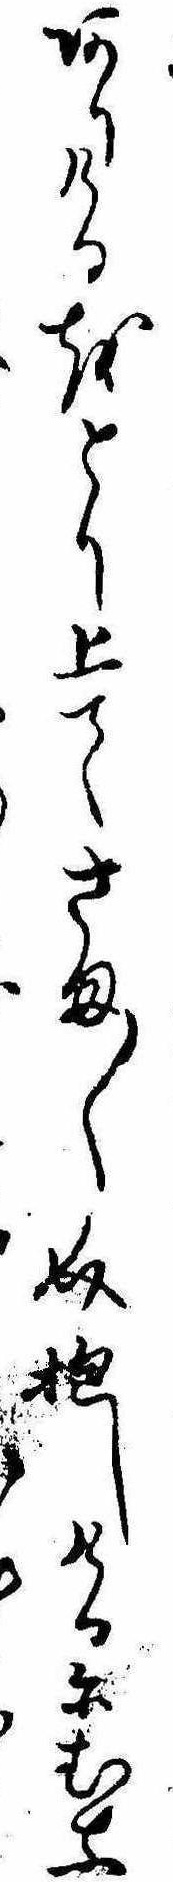
ありけるをとり上てさま〱介抱しけるにむな